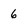
Character: 6